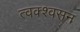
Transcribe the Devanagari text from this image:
त्वक्श्वसन